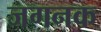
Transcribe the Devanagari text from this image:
जगनक